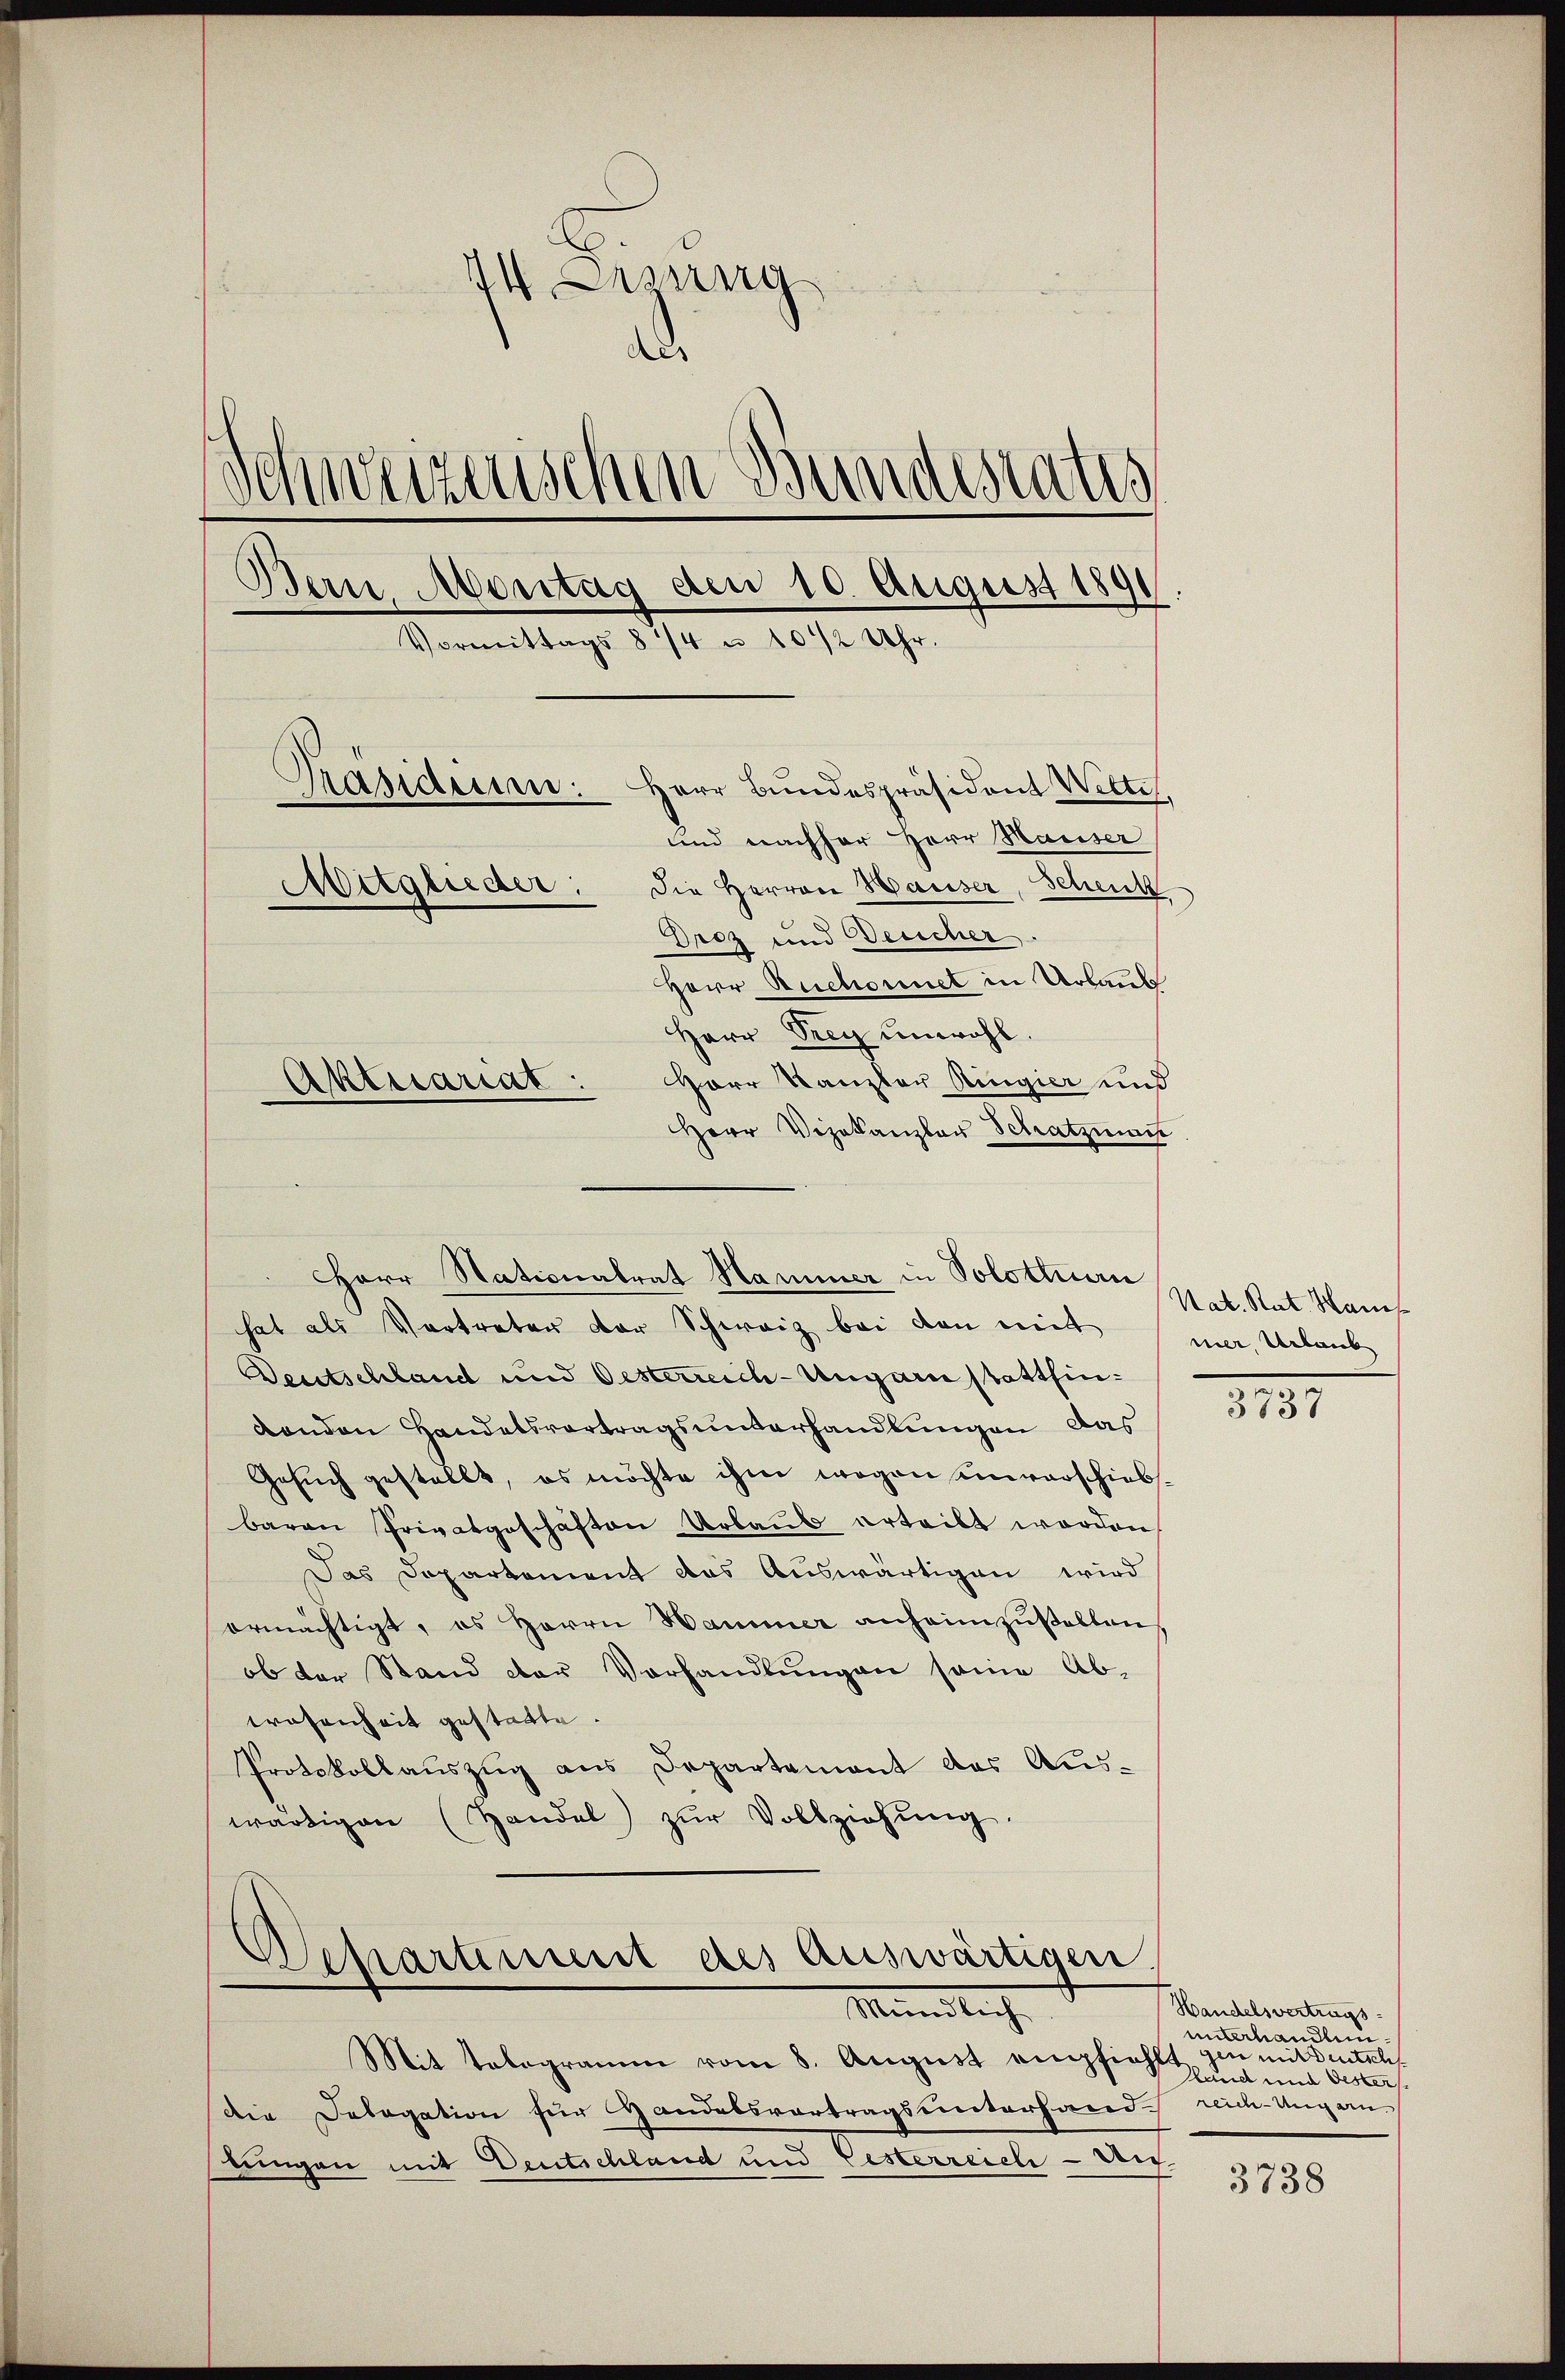
14 Lesung
Res
Schweizerischen Bundesrates
Bern, Montag den 10. August 1891
Vormittags 84 u. 10 1/2 Uhr.
Masiduum: Herr Bundespräsident Wette
und nachher Herr Hauser
Mitglieder: die Herren Hauser, Schenk
Droz und Bericher
Herr Ruchornet in Urlaub
Herr Drey unwohl.
Herr Kanzler Ringier und
Aktuariat:
Herr Vizekanzler Schatzman

hat als Vertreter der Schweiz bei den mit
Deutschland und Oesterreich-Ungarn stattfindenden Handelsvortragsunterhandlungen das
Gesuch gestellt, es möchte ihm wegen unverschieb
baren Privatgeschäften Urlaub erteilt worden,
Das Departement das Auswärtigen wird
ermächtigt, es Herrn Hammer anheimzŭstellen,
ob der Stand der Vorhandlungen seine Ab-
wesenheit gestatte.
Protokollauszug aus Departement des Auswärtigen (Handel zŭr Vollziehŭng.

Herr Nationalrat Hammer in Solothurn

Departement des Auswärtigen.
Mündlich

Mit Telegramm vom 8. August empfiehlt zu mildenteli,
Die Delegation für Handelsvortragsunterhand reich-Ungarn
rungen mit Deutschland und Pesterreich - Au

Nat. Rat. Haus
ner, Urlaub

8137

Handelsvertrags-
unterhandlen.
Hand und Oesters

3738